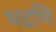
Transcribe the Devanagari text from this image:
भद्रणि